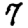
Digit: 7